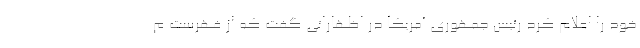
خود را اعلام کرد رئیس جمهوری آمریکا در اظهاراتی گفت که از فهرست م